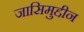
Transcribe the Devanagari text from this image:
जासिमुद्दीन